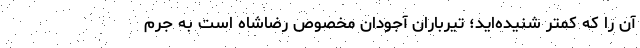
آن را ‌که کمتر شنیده‌اید؛ تیرباران آجودان مخصوص رضاشاه است به جرم